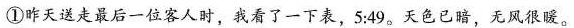
①昨天送走最后一位客人时，我看了一下表，5:49。天色已暗，无风很暖。